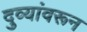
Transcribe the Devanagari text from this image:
दुव्यांवरून